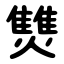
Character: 㸈